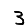
Digit: 3